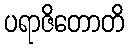
ပရာဇိတောတိ